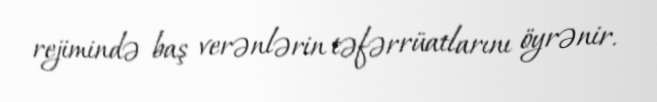
rejimində baş verənlərin təfərrüatlarını öyrənir.